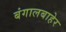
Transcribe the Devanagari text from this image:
बंगालबाहेर